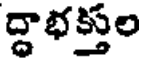
ద్ధాభక్తల